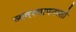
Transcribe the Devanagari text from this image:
व्यवस्थापनाशी